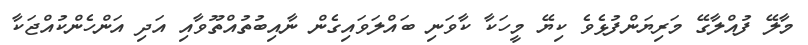
މާލޭ ފުއްލާގޭ މަރިޔަންފުޅެވެ ކިޔޭ މީހަކާ ކާވަނި ބައްލަވައިގެން ނާއިބުތުއްތޫވާއި އަދި އަންހެންކުއްޖަކާ